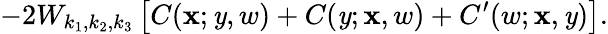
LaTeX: -2W_{k_{1},k_{2},k_{3}}\left[C(\mathbf{x};\mathit{y},w)+C(\mathit{y};\mathbf{x},w)+C^{\prime}(w;\mathbf{x},\mathit{y})\right].